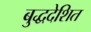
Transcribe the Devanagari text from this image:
बुद्धदेशित